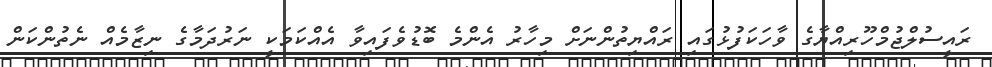
ރައީސުލްޖުމްހޫރިއްޔާގެ ވާހަކަފުޅުގައި ރައްޔިތުންނަށް މިހާރު އެންމެ ބޮޑުވެފައިވާ އެއްކަމަކީ ނަރުދަމާގެ ނިޒާމެއް ނެތުންކަން